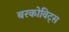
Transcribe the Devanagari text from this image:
बरकोविट्स